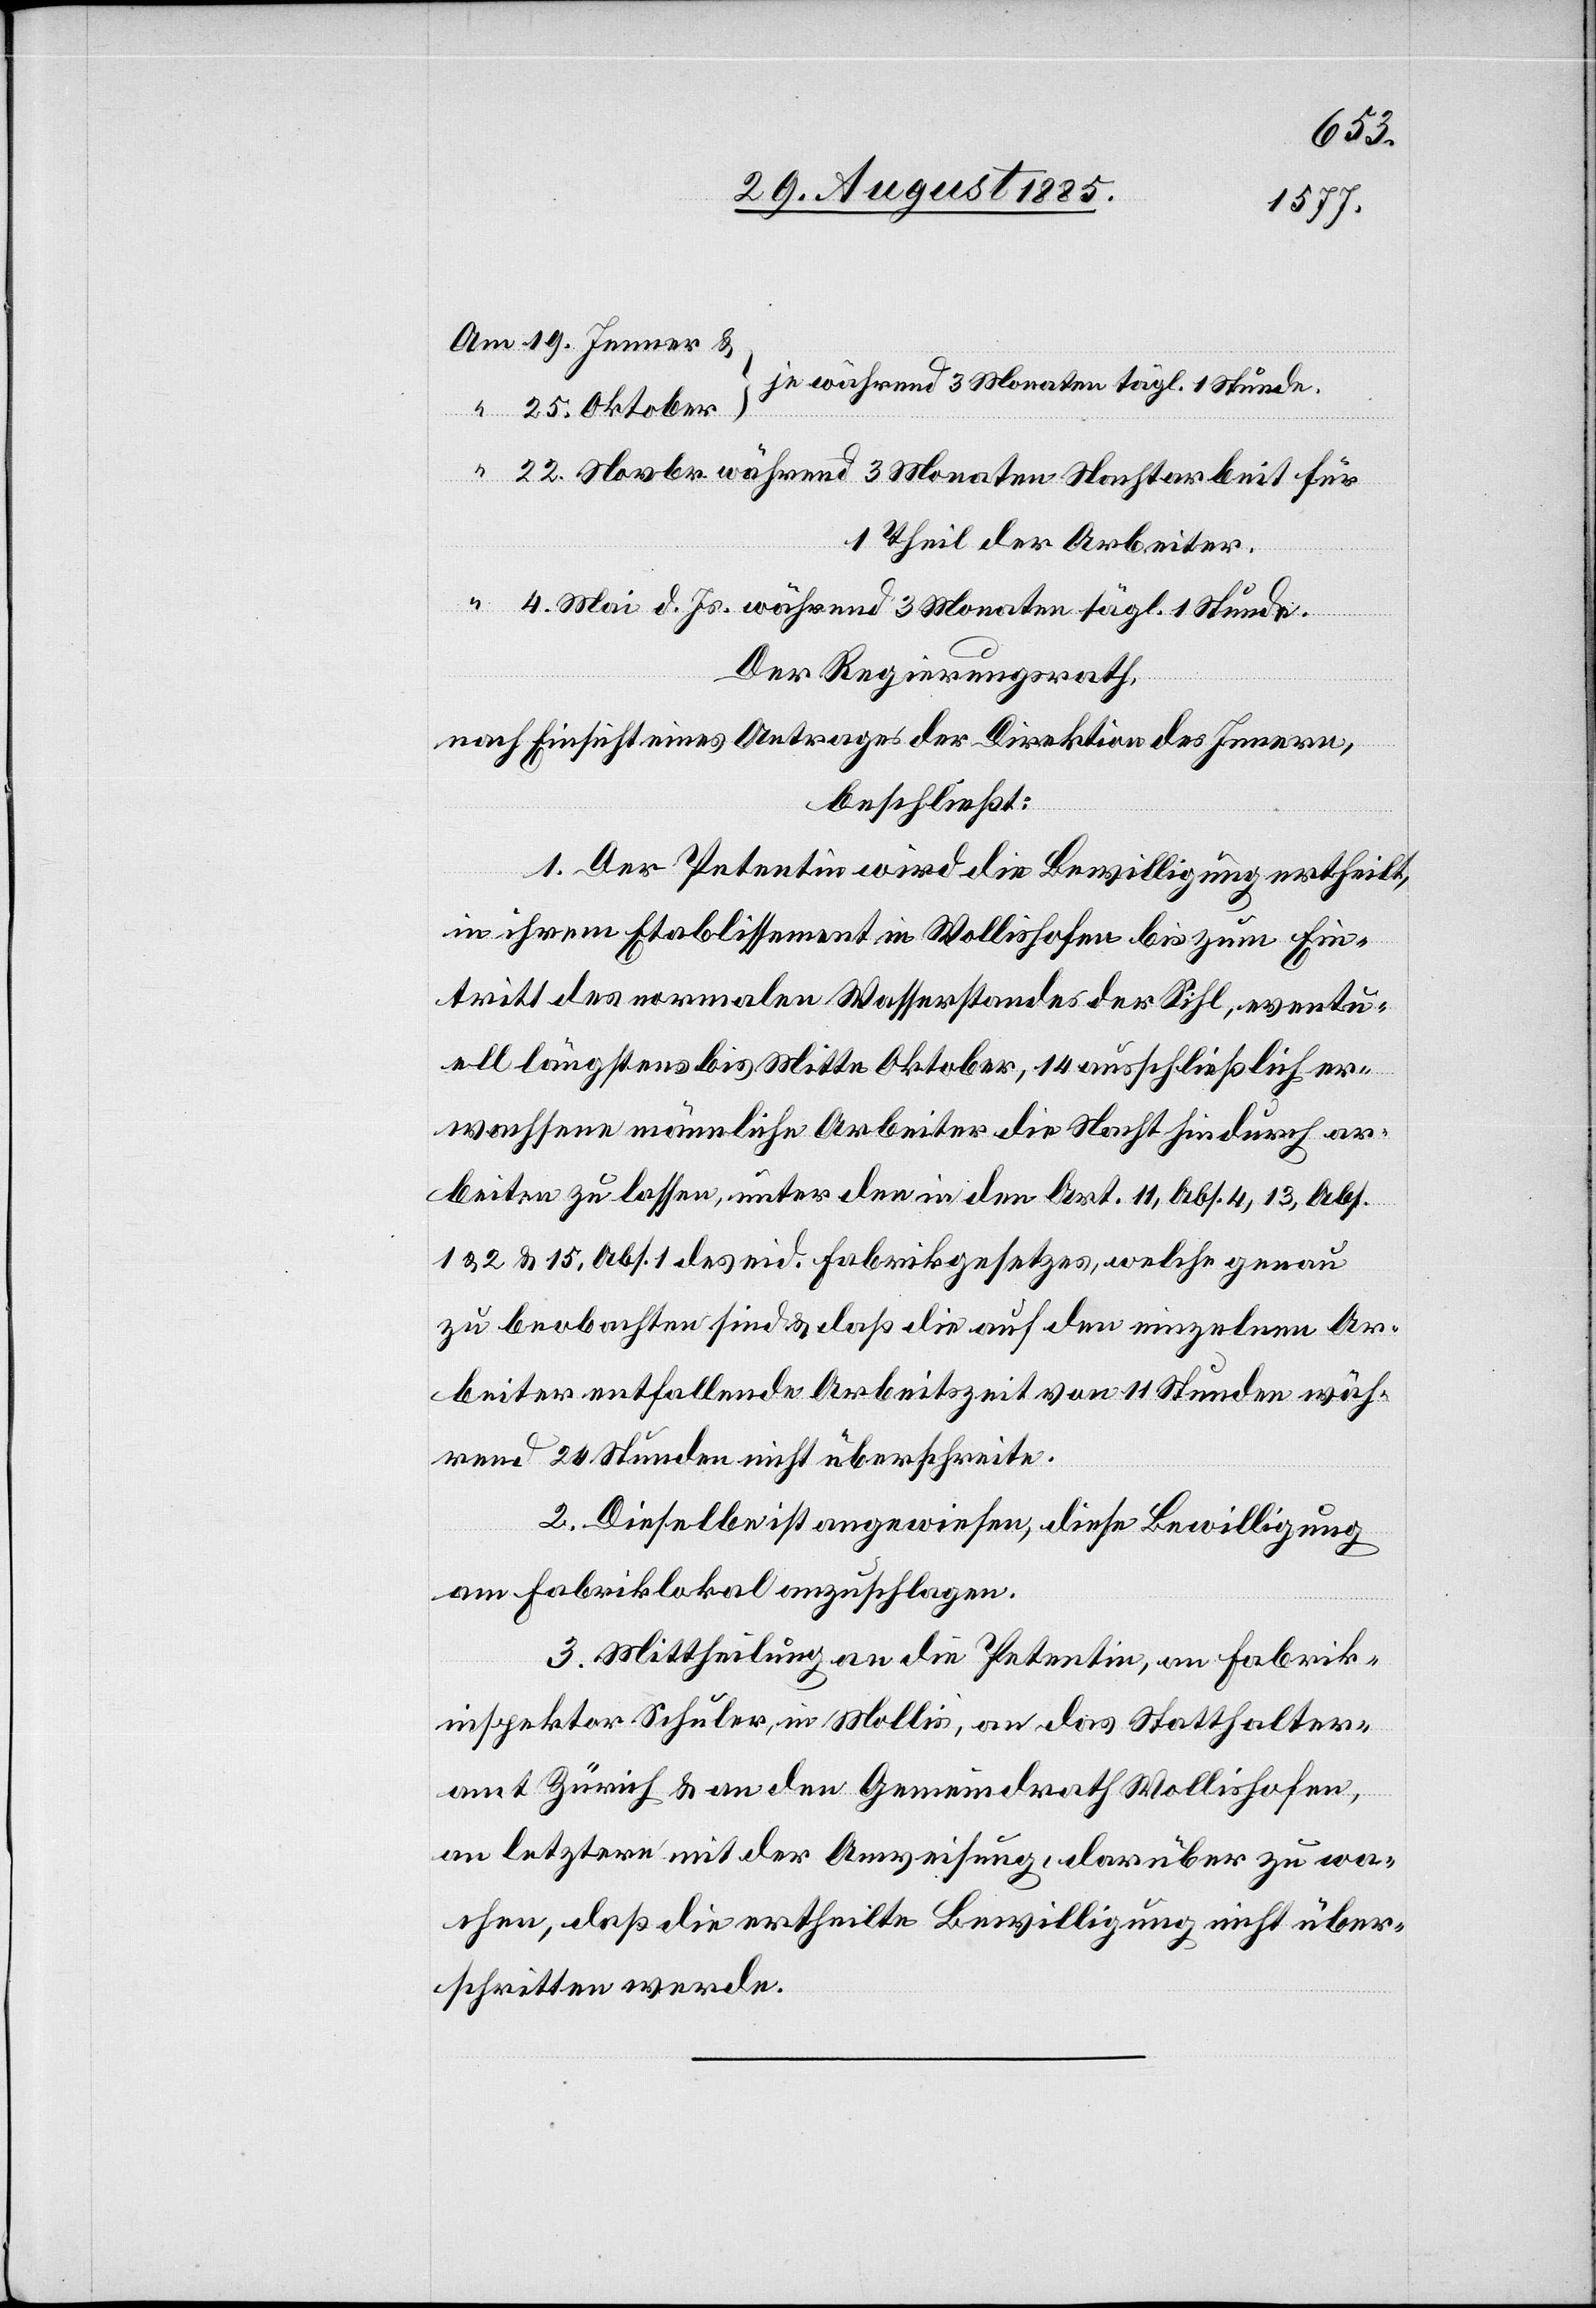
19.
je während 3 Monaten tägl. 1 Stunde
25. Oktober
Jenner
22. Novbr. während 3 Monaten Nachtarbeit für
1 Theil der Arbeiter.
4. Mai d. Js. während 3 Monaten tägl. 1 Stunde.
Der Regierungsrath,
nach Einsicht eines Antrages der Direktion des Innern,
beschließt:
1. Der Petentin wird die Bewilligung ertheilt,
in ihrem Etablissement in Wollishofen bis zum Ein¬
tritt des normalen Wasserstandes der Sihl, eventu¬
ell längstens bis Mitte Oktober, 14 ausschließlich er¬
wachsene männliche Arbeiter die Nacht hindurch ar¬
beiten zu lassen, unter den in den Art. 11, Abs. 4, 13, Abs.
1 & 2 & 15, Abs. 1 des eid. Fabrikgesetzes, welche genau
zu beobachten sind & daß die auf den einzelnen Ar¬
beiter entfallende Arbeitszeit von 11 Stunden wäh¬
rend 24 Stunden nicht überschreite.
2. Dieselbe ist angewiesen, diese Bewilligung
am Fabriklokal anzuschlagen.
3. Mittheilung an die Petentin, an Fabrik¬
inspektor Schuler, in Mollis, an das Statthalter¬
amt Zürich & an den Gemeindrath Wollishofen,
an letztern mit der Anweisung, darüber zu wa¬
chen, daß die ertheilte Bewilligung nicht über¬
schritten werde.